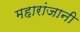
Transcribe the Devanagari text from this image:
महारांजानी